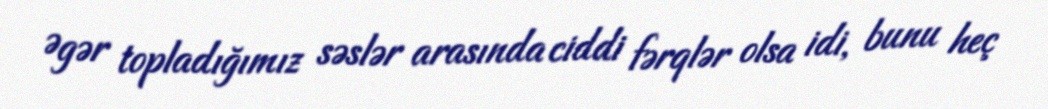
Əgər topladığımız səslər arasında ciddi fərqlər olsa idi, bunu heç